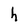
Character: h